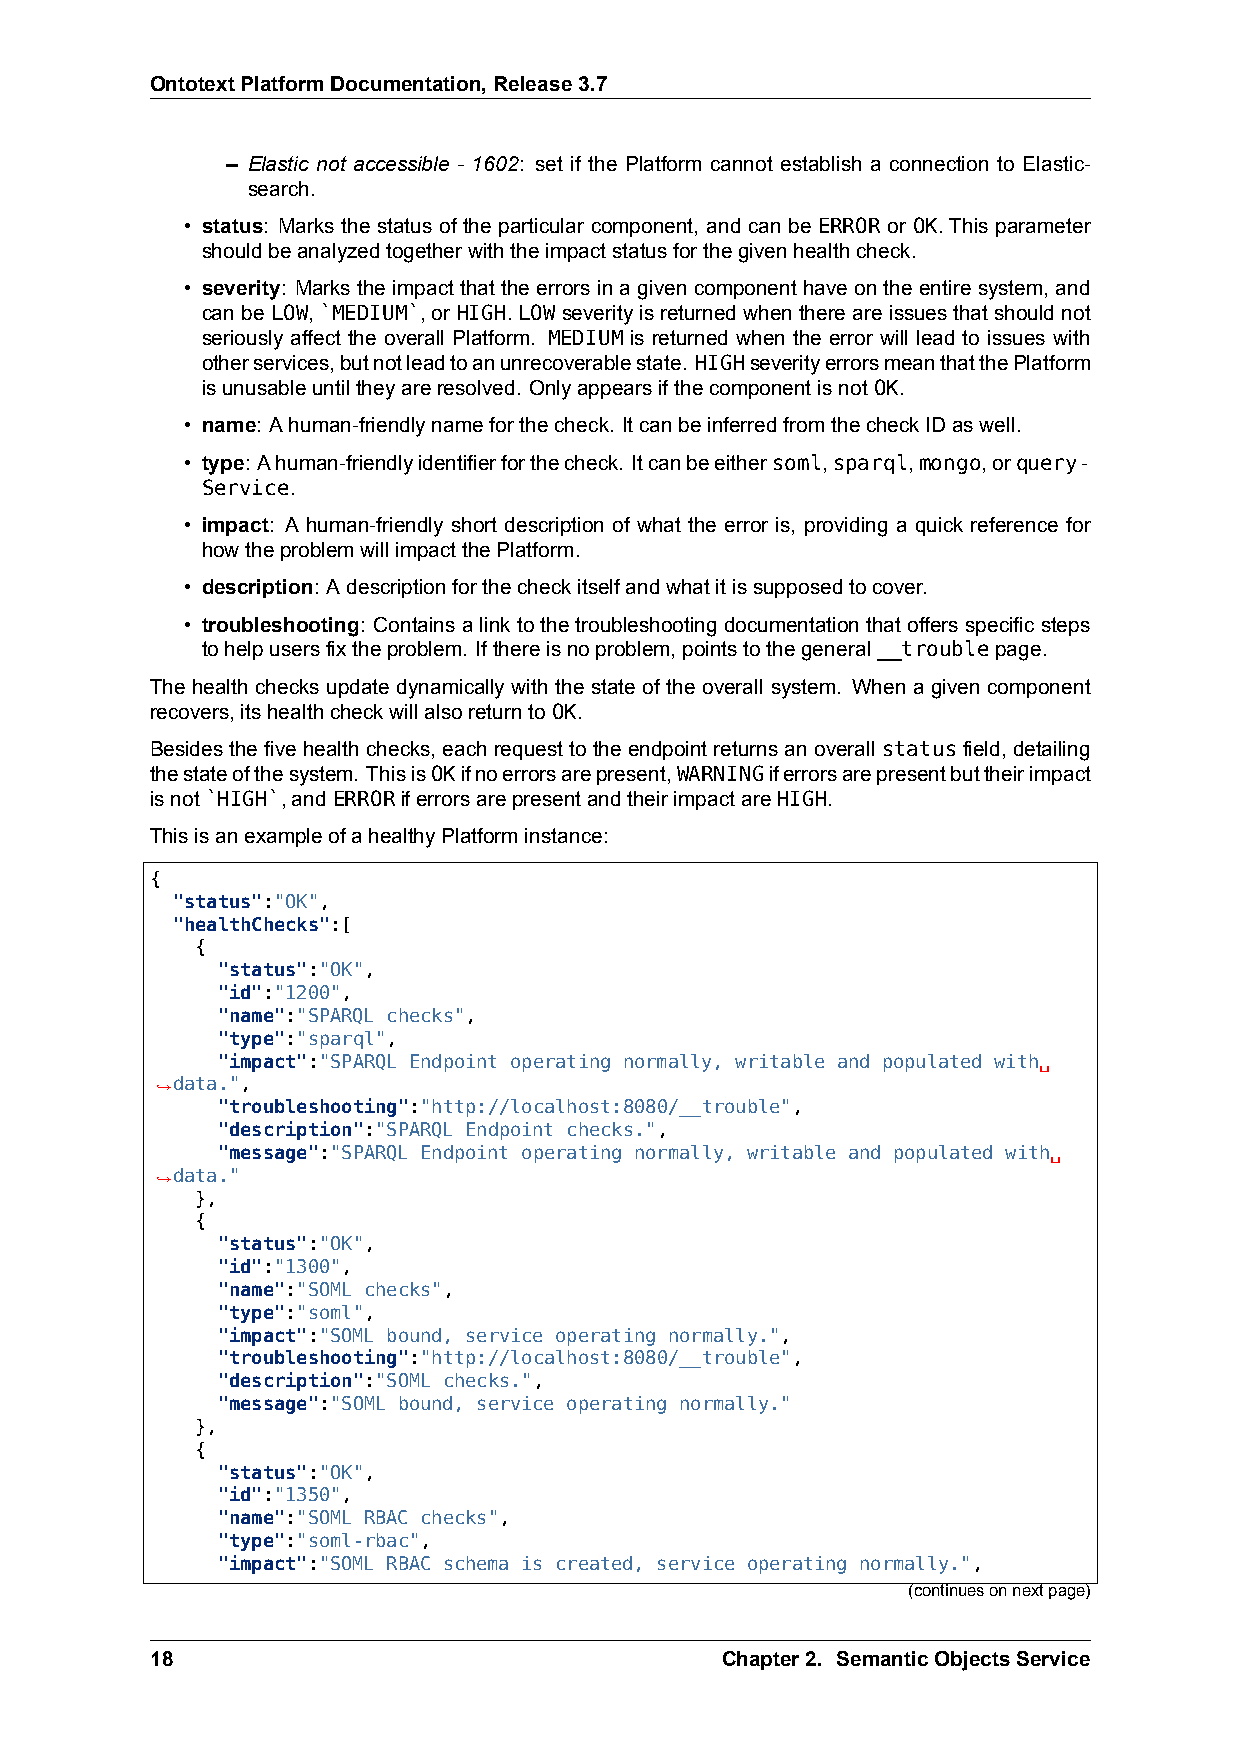
OntotextPlatformDocumentation,Release3.7
 – Elastic not accessible - 1602: set if the Platform cannot establish a connection to Elastic-
 search.
 • status: Marks the status of the particular component, and can be ERROR or OK. This parameter
 shouldbeanalyzedtogetherwiththeimpactstatusforthegivenhealthcheck.
 • severity: Marks the impact that the errors in a given component have on the entire system, and
 canbeLOW,`MEDIUM`,or HIGH.LOWseverityisreturnedwhenthereareissuesthatshouldnot
 seriously affect the overall Platform. MEDIUM is returned when the error will lead to issues with
 otherservices,butnotleadtoanunrecoverablestate. HIGHseverityerrorsmeanthatthePlatform
 isunusableuntiltheyareresolved. OnlyappearsifthecomponentisnotOK.
 • name: Ahuman-friendlynameforthecheck. ItcanbeinferredfromthecheckIDaswell.
 • type: Ahuman-friendlyidentifierforthecheck. Itcanbeeithersoml,sparql,mongo,orquery-
 Service.
 • impact: A human-friendly short description of what the error is, providing a quick reference for
 howtheproblemwillimpactthePlatform.
 • description: Adescriptionforthecheckitselfandwhatitissupposedtocover.
 • troubleshooting: Containsalinktothetroubleshootingdocumentationthatoffersspecificsteps
 tohelpusersfixtheproblem. Ifthereisnoproblem,pointstothegeneral__troublepage.
 The health checks update dynamically with the state of the overall system. When a given component
 recovers,itshealthcheckwillalsoreturntoOK.
 Besidesthefivehealthchecks, eachrequesttotheendpointreturnsanoverall statusfield, detailing
 thestateofthesystem. ThisisOKifnoerrorsarepresent,WARNINGiferrorsarepresentbuttheirimpact
 isnot`HIGH`,andERRORiferrorsarepresentandtheirimpactareHIGH.
 ThisisanexampleofahealthyPlatforminstance:
 {
 "status":"OK",
 "healthChecks":[
 {
 "status":"OK",
 "id":"1200",
 "name":"SPARQL checks",
 "type":"sparql",
 "impact":"SPARQL Endpoint operating normally, writable and populated with␣
 ,→data.",
 "troubleshooting":"http://localhost:8080/__trouble",
 "description":"SPARQL Endpoint checks.",
 "message":"SPARQL Endpoint operating normally, writable and populated with␣
 ,→data."
 },
 {
 "status":"OK",
 "id":"1300",
 "name":"SOML checks",
 "type":"soml",
 "impact":"SOML bound, service operating normally.",
 "troubleshooting":"http://localhost:8080/__trouble",
 "description":"SOML checks.",
 "message":"SOML bound, service operating normally."
 },
 {
 "status":"OK",
 "id":"1350",
 "name":"SOML RBAC checks",
 "type":"soml-rbac",
 "impact":"SOML RBAC schema is created, service operating normally.",
 (continuesonnextpage)
 18                                    Chapter2. SemanticObjectsService